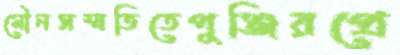
মৌনসম্মতিতেপুঞ্জিরপ্রে